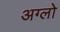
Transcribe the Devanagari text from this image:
अग्लो